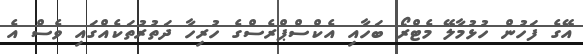
އޭގެ ފަހުން ހުޅުމާލޭ މެޓްރޯ ބަހާއި އެކްސްޕްރެސްގެ ހުރިހާ ދަތުރުތަކެއްގައި ވެސް އެ